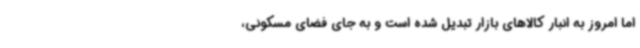
اما امروز به انبار کالاهای بازار تبدیل شده است و به جای فضای مسکونی،